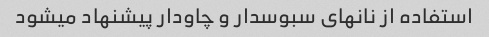
استفاده از نانهای سبوسدار و چاودار پیشنهاد میشود